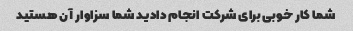
شما کار خوبی برای شرکت انجام دادید شما سزاوار آن هستید